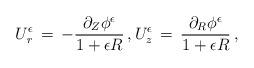
LaTeX: \begin{align*} U_r^\epsilon \,=\, -\frac{\partial_Z \phi^\epsilon}{1+\epsilon R}\,, U_z^\epsilon \,=\, \frac{\partial_R \phi^\epsilon}{1+\epsilon R}\,,\end{align*}